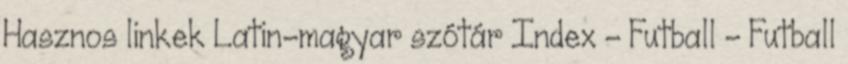
Hasznos linkek Latin-magyar szótár Index - Futball - Futball